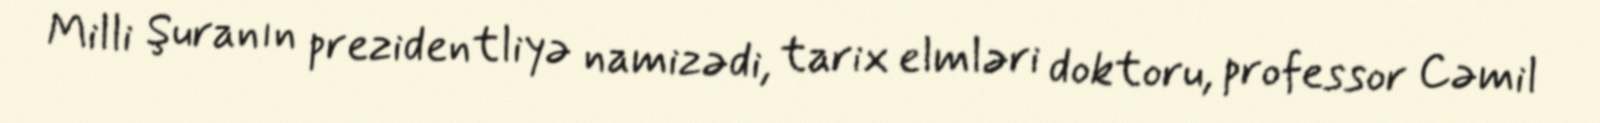
Milli Şuranın prezidentliyə namizədi, tarix elmləri doktoru, professor Cəmil